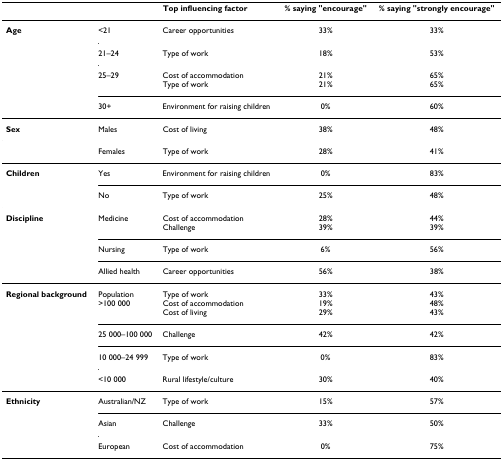
<table><thead><tr><td></td><td></td><td><b>Top influencing factor</b></td><td><b>% saying &quot;encourage&quot;</b></td><td><b>% saying &quot;strongly encourage&quot;</b></td></tr></thead><tbody><tr><td><b>Age</b></td><td>&lt;21</td><td>Career opportunities</td><td>33%</td><td>33%</td></tr><tr><td></td><td>21–24</td><td>Type of work</td><td>18%</td><td>53%</td></tr><tr><td></td><td>25–29</td><td>Cost of accommodationType of work</td><td>21%21%</td><td>65%65%</td></tr><tr><td></td><td>30+</td><td>Environment for raising children</td><td>0%</td><td>60%</td></tr><tr><td><b>Sex</b></td><td>Males</td><td>Cost of living</td><td>38%</td><td>48%</td></tr><tr><td></td><td>Females</td><td>Type of work</td><td>28%</td><td>41%</td></tr><tr><td><b>Children</b></td><td>Yes</td><td>Environment for raising children</td><td>0%</td><td>83%</td></tr><tr><td></td><td>No</td><td>Type of work</td><td>25%</td><td>48%</td></tr><tr><td><b>Discipline</b></td><td>Medicine</td><td>Cost of accommodationChallenge</td><td>28%39%</td><td>44%39%</td></tr><tr><td></td><td>Nursing</td><td>Type of work</td><td>6%</td><td>56%</td></tr><tr><td></td><td>Allied health</td><td>Career opportunities</td><td>56%</td><td>38%</td></tr><tr><td><b>Regional background</b></td><td>Population&gt;100 000</td><td>Type of workCost of accommodationCost of living</td><td>33%19%29%</td><td>43%48%43%</td></tr><tr><td></td><td>25 000–100 000</td><td>Challenge</td><td>42%</td><td>42%</td></tr><tr><td></td><td>10 000–24 999</td><td>Type of work</td><td>0%</td><td>83%</td></tr><tr><td></td><td>&lt;10 000</td><td>Rural lifestyle/culture</td><td>30%</td><td>40%</td></tr><tr><td><b>Ethnicity</b></td><td>Australian/NZ</td><td>Type of work</td><td>15%</td><td>57%</td></tr><tr><td></td><td>Asian</td><td>Challenge</td><td>33%</td><td>50%</td></tr><tr><td></td><td>European</td><td>Cost of accommodation</td><td>0%</td><td>75%</td></tr></tbody></table>